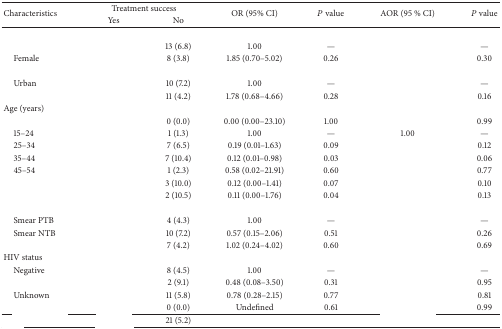
<table><thead><tr><td rowspan="2"><b>Characteristics</b></td><td colspan="2"><b>Treatment success</b></td><td rowspan="2"><b>OR (95% CI)</b></td><td rowspan="2"><b><i>P</i> value</b></td><td rowspan="2"><b>AOR (95 % CI)</b></td><td rowspan="2"><b><i>P</i> value</b></td></tr><tr><td><b>Yes</b></td><td><b>No</b></td></tr></thead><tbody><tr><td>[EMPTY_CELL]</td><td>[EMPTY_CELL]</td><td>[EMPTY_CELL]</td><td>[EMPTY_CELL]</td><td>[EMPTY_CELL]</td><td>[EMPTY_CELL]</td><td>[EMPTY_CELL]</td></tr><tr><td>[EMPTY_CELL]</td><td>[EMPTY_CELL]</td><td>13 (6.8)</td><td>1.00</td><td>—</td><td>[EMPTY_CELL]</td><td>—</td></tr><tr><td> Female</td><td>[EMPTY_CELL]</td><td>8 (3.8)</td><td>1.85 (0.70–5.02)</td><td>0.26</td><td>[EMPTY_CELL]</td><td>0.30</td></tr><tr><td>[EMPTY_CELL]</td><td>[EMPTY_CELL]</td><td>[EMPTY_CELL]</td><td>[EMPTY_CELL]</td><td>[EMPTY_CELL]</td><td>[EMPTY_CELL]</td><td>[EMPTY_CELL]</td></tr><tr><td> Urban</td><td>[EMPTY_CELL]</td><td>10 (7.2)</td><td>1.00</td><td>—</td><td>[EMPTY_CELL]</td><td>—</td></tr><tr><td>[EMPTY_CELL]</td><td>[EMPTY_CELL]</td><td>11 (4.2)</td><td>1.78 (0.68–4.66)</td><td>0.28</td><td>[EMPTY_CELL]</td><td>0.16</td></tr><tr><td>Age (years)</td><td>[EMPTY_CELL]</td><td>[EMPTY_CELL]</td><td>[EMPTY_CELL]</td><td>[EMPTY_CELL]</td><td>[EMPTY_CELL]</td><td>[EMPTY_CELL]</td></tr><tr><td>[EMPTY_CELL]</td><td>[EMPTY_CELL]</td><td>0 (0.0)</td><td>0.00 (0.00–23.10)</td><td>1.00</td><td>[EMPTY_CELL]</td><td>0.99</td></tr><tr><td> 15–24</td><td>[EMPTY_CELL]</td><td>1 (1.3)</td><td>1.00</td><td>—</td><td>1.00</td><td>—</td></tr><tr><td> 25–34</td><td>[EMPTY_CELL]</td><td>7 (6.5)</td><td>0.19 (0.01–1.63)</td><td>0.09</td><td>[EMPTY_CELL]</td><td>0.12</td></tr><tr><td> 35–44</td><td>[EMPTY_CELL]</td><td>7 (10.4)</td><td>0.12 (0.01–0.98)</td><td>0.03</td><td>[EMPTY_CELL]</td><td>0.06</td></tr><tr><td> 45–54</td><td>[EMPTY_CELL]</td><td>1 (2.3)</td><td>0.58 (0.02–21.91)</td><td>0.60</td><td>[EMPTY_CELL]</td><td>0.77</td></tr><tr><td>[EMPTY_CELL]</td><td>[EMPTY_CELL]</td><td>3 (10.0)</td><td>0.12 (0.00–1.41) </td><td>0.07</td><td>[EMPTY_CELL]</td><td>0.10</td></tr><tr><td>[EMPTY_CELL]</td><td>[EMPTY_CELL]</td><td>2 (10.5)</td><td>0.11 (0.00–1.76)</td><td>0.04</td><td>[EMPTY_CELL]</td><td>0.13</td></tr><tr><td>[EMPTY_CELL]</td><td>[EMPTY_CELL]</td><td>[EMPTY_CELL]</td><td>[EMPTY_CELL]</td><td>[EMPTY_CELL]</td><td>[EMPTY_CELL]</td><td>[EMPTY_CELL]</td></tr><tr><td> Smear PTB</td><td>[EMPTY_CELL]</td><td>4 (4.3)</td><td>1.00</td><td>—</td><td>[EMPTY_CELL]</td><td>—</td></tr><tr><td> Smear NTB</td><td>[EMPTY_CELL]</td><td>10 (7.2)</td><td>0.57 (0.15–2.06)</td><td>0.51</td><td>[EMPTY_CELL]</td><td>0.26</td></tr><tr><td>[EMPTY_CELL]</td><td>[EMPTY_CELL]</td><td>7 (4.2)</td><td>1.02 (0.24–4.02)</td><td>0.60</td><td>[EMPTY_CELL]</td><td>0.69</td></tr><tr><td>HIV status</td><td>[EMPTY_CELL]</td><td>[EMPTY_CELL]</td><td>[EMPTY_CELL]</td><td>[EMPTY_CELL]</td><td>[EMPTY_CELL]</td><td>[EMPTY_CELL]</td></tr><tr><td> Negative</td><td>[EMPTY_CELL]</td><td>8 (4.5)</td><td>1.00</td><td>—</td><td>[EMPTY_CELL]</td><td>—</td></tr><tr><td>[EMPTY_CELL]</td><td>[EMPTY_CELL]</td><td>2 (9.1)</td><td>0.48 (0.08–3.50)</td><td>0.31</td><td>[EMPTY_CELL]</td><td>0.95</td></tr><tr><td> Unknown</td><td>[EMPTY_CELL]</td><td>11 (5.8)</td><td>0.78 (0.28–2.15)</td><td>0.77</td><td>[EMPTY_CELL]</td><td>0.81</td></tr><tr><td>[EMPTY_CELL]</td><td>[EMPTY_CELL]</td><td>0 (0.0)</td><td>Undefined</td><td>0.61</td><td>[EMPTY_CELL]</td><td>0.99</td></tr><tr><td>[EMPTY_CELL]</td><td>[EMPTY_CELL]</td><td>21 (5.2)</td><td>[EMPTY_CELL]</td><td>[EMPTY_CELL]</td><td>[EMPTY_CELL]</td><td>[EMPTY_CELL]</td></tr></tbody></table>